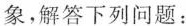
象，解答下列问题：